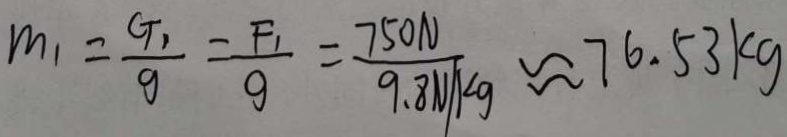
m _ { 1 } = \frac { G _ { 1 } } { 9 } = \frac { F _ { 1 } } { g } = \frac { 7 5 0 N } { 9 . 8 N / k g } \approx 7 6 . 5 3 k g